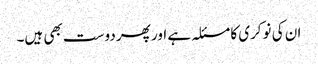
ان کی نوکری کا مسئلہ ہے اور پھر دوست بھی ہیں۔